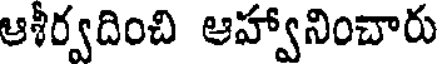
ఆశీర్వదించి ఆహ్వానించారు